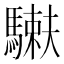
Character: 𩥲